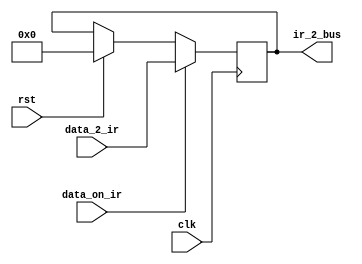
`timescale 1ns / 1ps
//////////////////////////////////////////////////////////////////////////////////
// Company: 
// Engineer: 
// 
// Design Name: 
// Module Name:    IR_reg 
// Project Name: 
// Target Devices: 
// Tool versions: 
// Description: 
//
// Dependencies: 
//
// Revision: 
// Revision 0.01 - File Created
// Additional Comments: 
//
//////////////////////////////////////////////////////////////////////////////////
module IR_reg(clk,rst,data_on_ir,data_2_ir,ir_2_bus);
input clk;
input rst;
input data_on_ir;
input [7:0] data_2_ir;
output [7:0] ir_2_bus;
reg [7:0] ir_2_bus;

always@(posedge clk)
begin
	if(rst)
		begin
			ir_2_bus <= 8'b0;	
		end

	if(data_on_ir)
		begin
			ir_2_bus <= data_2_ir;
		end
	

end

endmodule